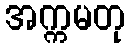
အက္ကမတု